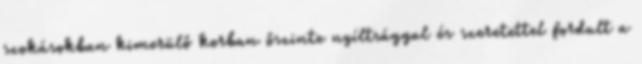
szokásokban kimerülő korban őszinte nyíltsággal és szeretettel fordult a